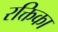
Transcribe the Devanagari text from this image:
रक्तिका